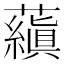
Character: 𬟕